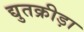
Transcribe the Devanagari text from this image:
द्युतक्रीड़ा